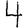
Digit: 4